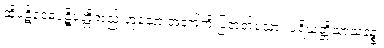
ထိုပဋိဝေဓပဋိပတ္တိတည်းဟူသော အနက်ကို ပြတတ်သော။ ပရိယတ္တိသာသနဉ္စ၊